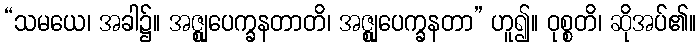
“သမယေ၊ အခါ၌။ အဇ္ဈုပေက္ခနတာတိ၊ အဇ္ဈုပေက္ခနတာ” ဟူ၍။ ဝုစ္စတိ၊ ဆိုအပ်၏။